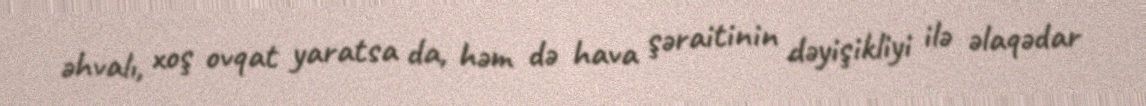
əhvalı, xoş ovqat yaratsa da, həm də hava şəraitinin dəyişikliyi ilə əlaqədar